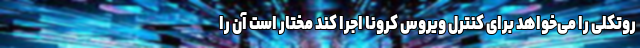
روتکلی را می‌خواهد برای کنترل ویروس کرونا اجرا کند مختار است آن را